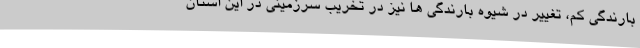
بارندگی کم، تغییر در شیوه بارندگی ها نیز در تخریب سرزمینی در این استان